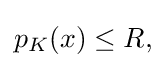
{\textstyle p_{K}(x)\leq R,}